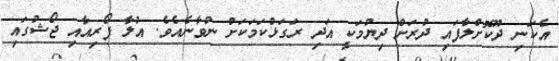
އެކަނި ދޫކޮށްލާފައި ދުރަށް ދިޔުމަކީ އަދި ރަގަޅުކަމަކަށް ނުވާނެއެވެ. އުލާ ފޯރިއާއި ޖޯޝުގައި